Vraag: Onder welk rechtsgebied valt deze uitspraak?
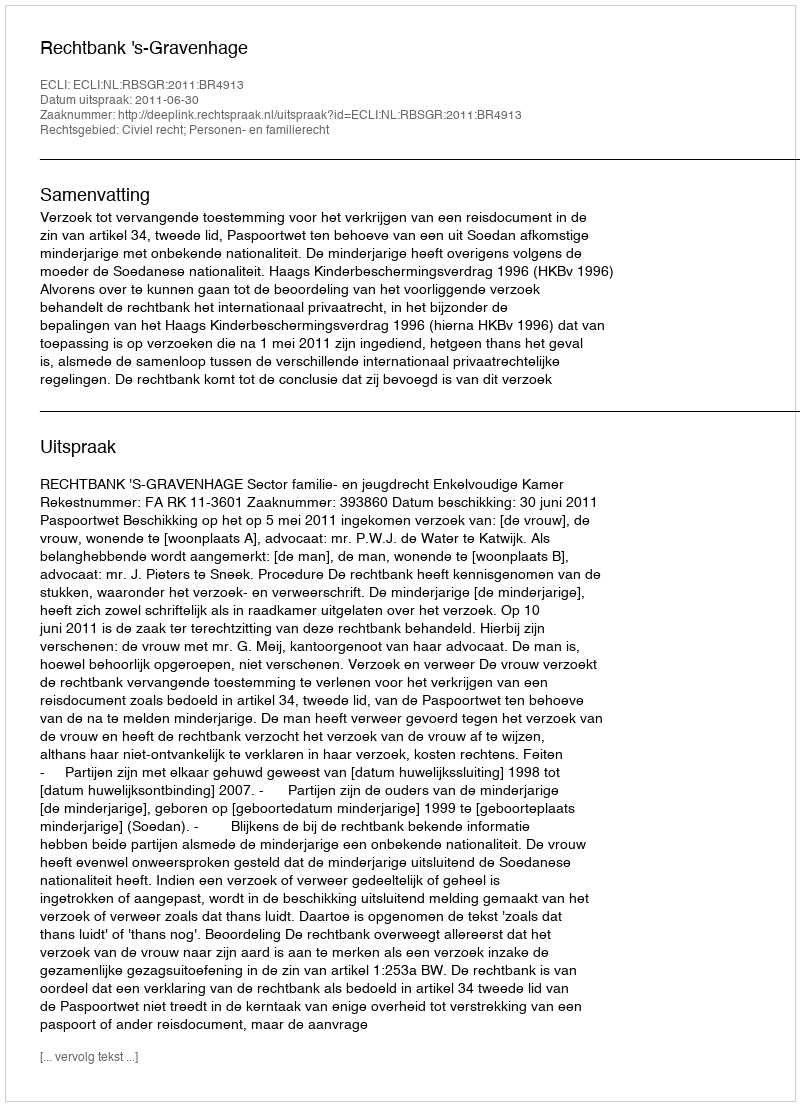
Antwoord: Civiel recht; Personen- en familierecht